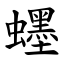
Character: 䘃